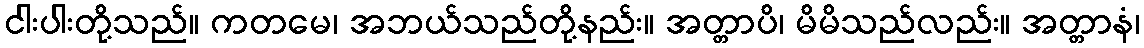
ငါးပါးတို့သည်။ ကတမေ၊ အဘယ်သည်တို့နည်း။ အတ္တာပိ၊ မိမိသည်လည်း။ အတ္တာနံ၊